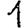
Digit: 1